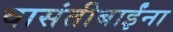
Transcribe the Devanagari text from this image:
वासंतीबाईंना